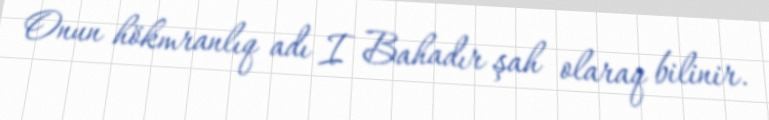
Onun hökmranlıq adı I Bahadır şah olaraq bilinir.